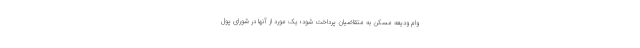
وام ودیعه مسکن به متقاضیان پرداخت شود؛ یک مورد از آنها در شورای پول